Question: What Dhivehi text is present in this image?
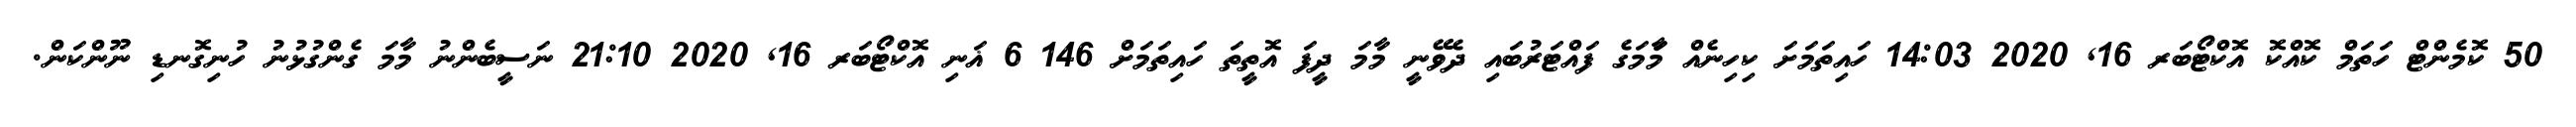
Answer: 50 ކޮމެންޓް ހަތަމް ކޮއްކޮ އޮކްޓޯބަރ 16, 2020 14:03 ހައިތަމަށަ ކިހިނެއް މާަމަގެ ފައްޓަރުބައި ދެވޭނީ މާމަ ދީފަ އޮތީތަ ހައިތަމަށް 146 6 ޣަނި އޮކްޓޯބަރ 16, 2020 21:10 ނަސީބެންނު މާމަ ގެންގުޅުނު ހުނިގޮނޑި ނޫންކަން.